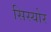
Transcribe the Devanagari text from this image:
सिस्योर